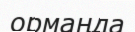
ормаңда